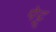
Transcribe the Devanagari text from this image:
पेट्ट्